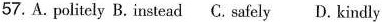
57. A. politely B. instead C. safely D. kindly